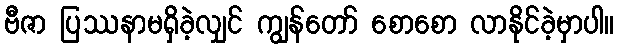
ဗီဇာ ပြဿနာမရှိခဲ့လျှင် ကျွန်တော် စောစော လာနိုင်ခဲ့မှာပါ။